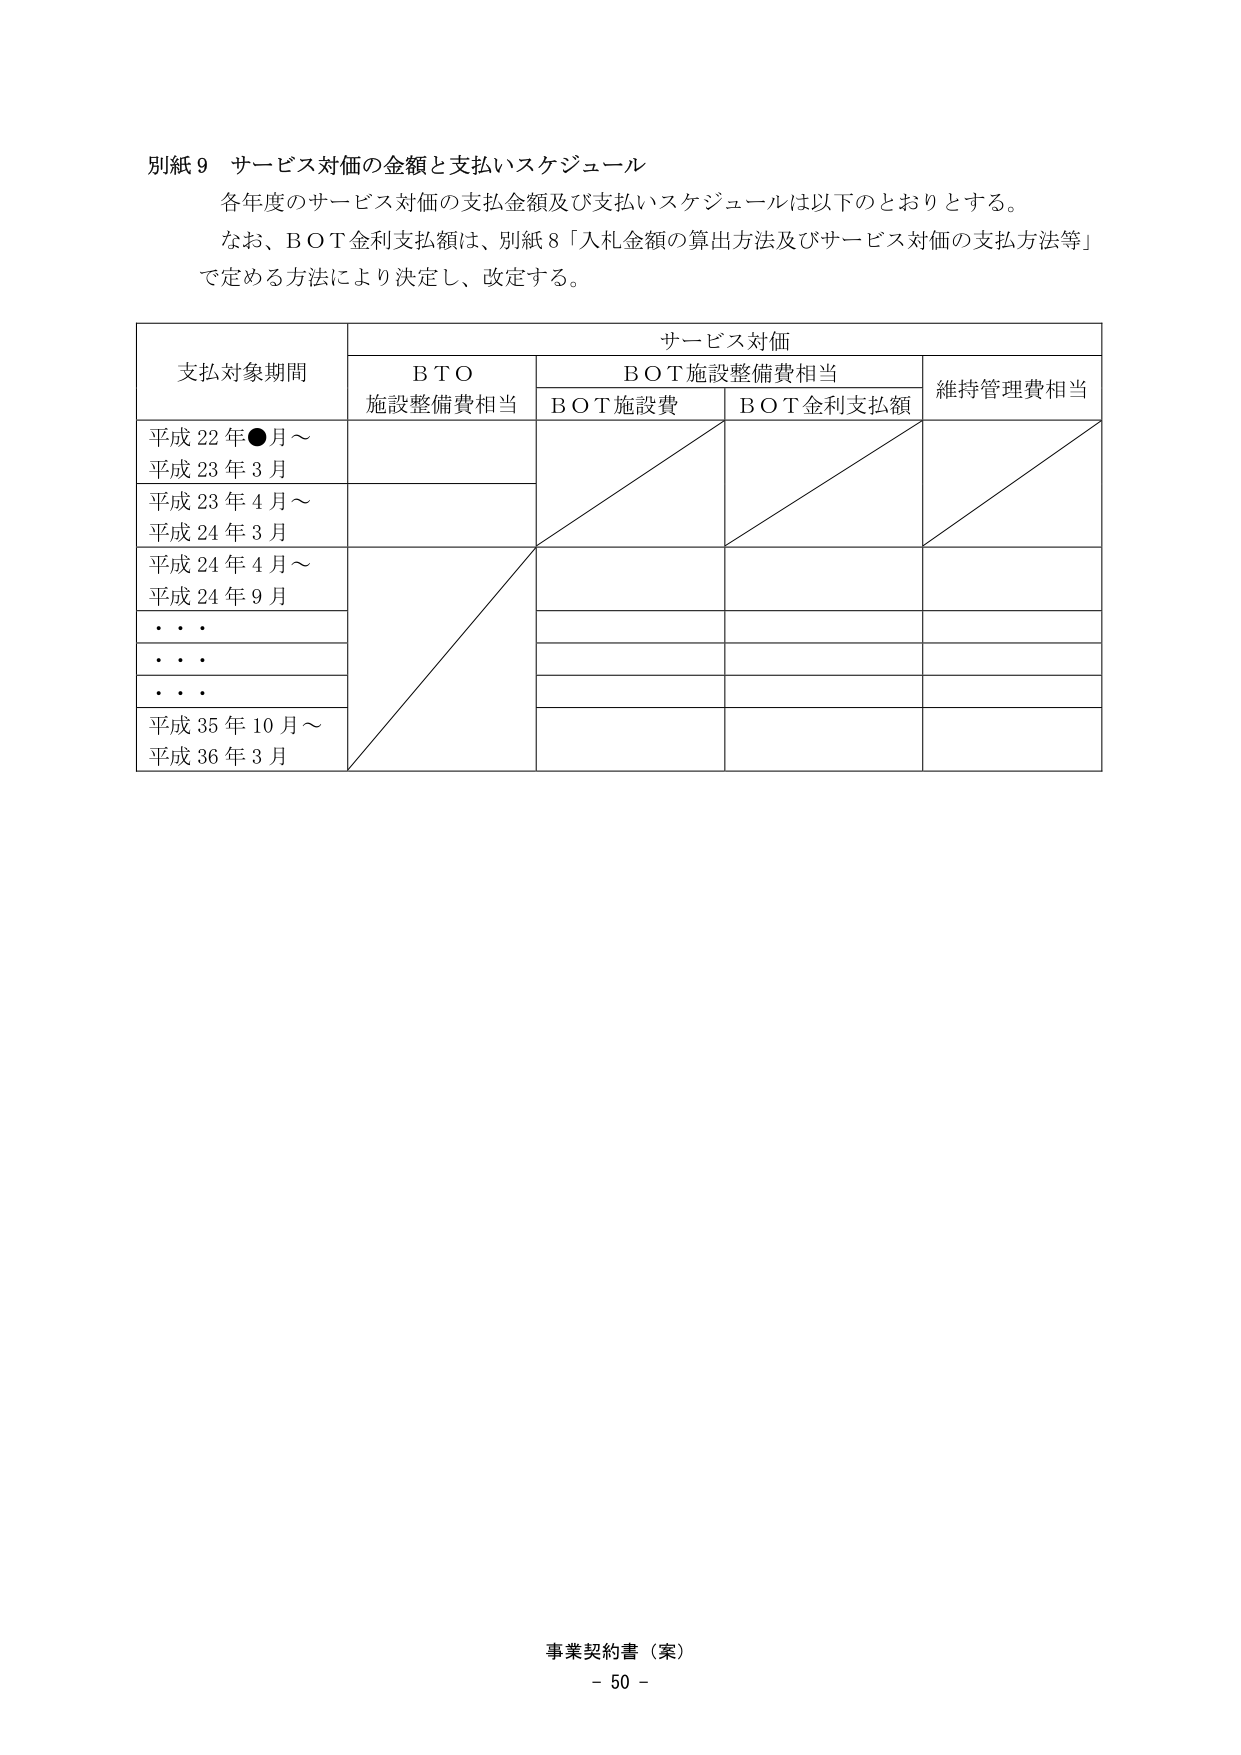
別紙９ サービス対価の金額と支払いスケジュール
各年度のサービス対価の支払金額及び支払いスケジュールは以下のとおりとする。
なお、ＢＯＴ金利支払額は、別紙８「入札金額の算出方法及びサービス対価の支払方法等」
で定める方法により決定し、改定する。

サービス対価
支払対象期間　　ＢＴＯ施設整備費相当　　ＢＯＴ施設整備費相当　　維持管理費相当
　　　　　　　　　　　　　　　　ＢＯＴ施設費　　ＢＯＴ金利支払額
平成22年●月～
平成23年3月
平成23年4月～
平成24年3月
平成24年4月～
平成24年9月
・・・
・・・
・・・
平成35年10月～
平成36年3月

事業契約書（案）
－50－